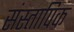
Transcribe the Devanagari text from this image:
संस्तापिक